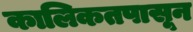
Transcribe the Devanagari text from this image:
कालिकतपासून